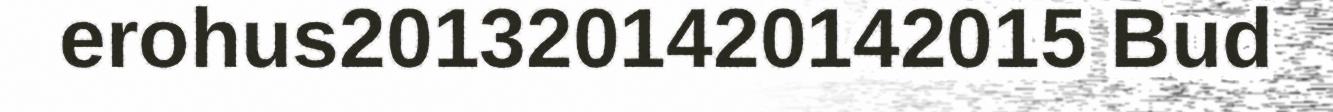
erohus2013201420142015 Bud